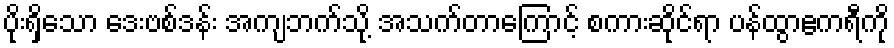
ပိုးရှိသော ဒေးဗစ်ဒန်း အကျဘက်သို့ အသက်တာကြောင့် စကားဆိုင်ရာ ပန်ထွာဧကရီကို